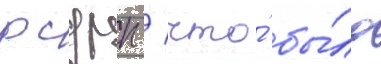
рсдрп / что́ бы́ло